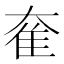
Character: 奞